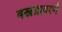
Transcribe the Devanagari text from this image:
वस्त्रेप्रावरणे